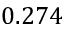
0 . 2 7 4